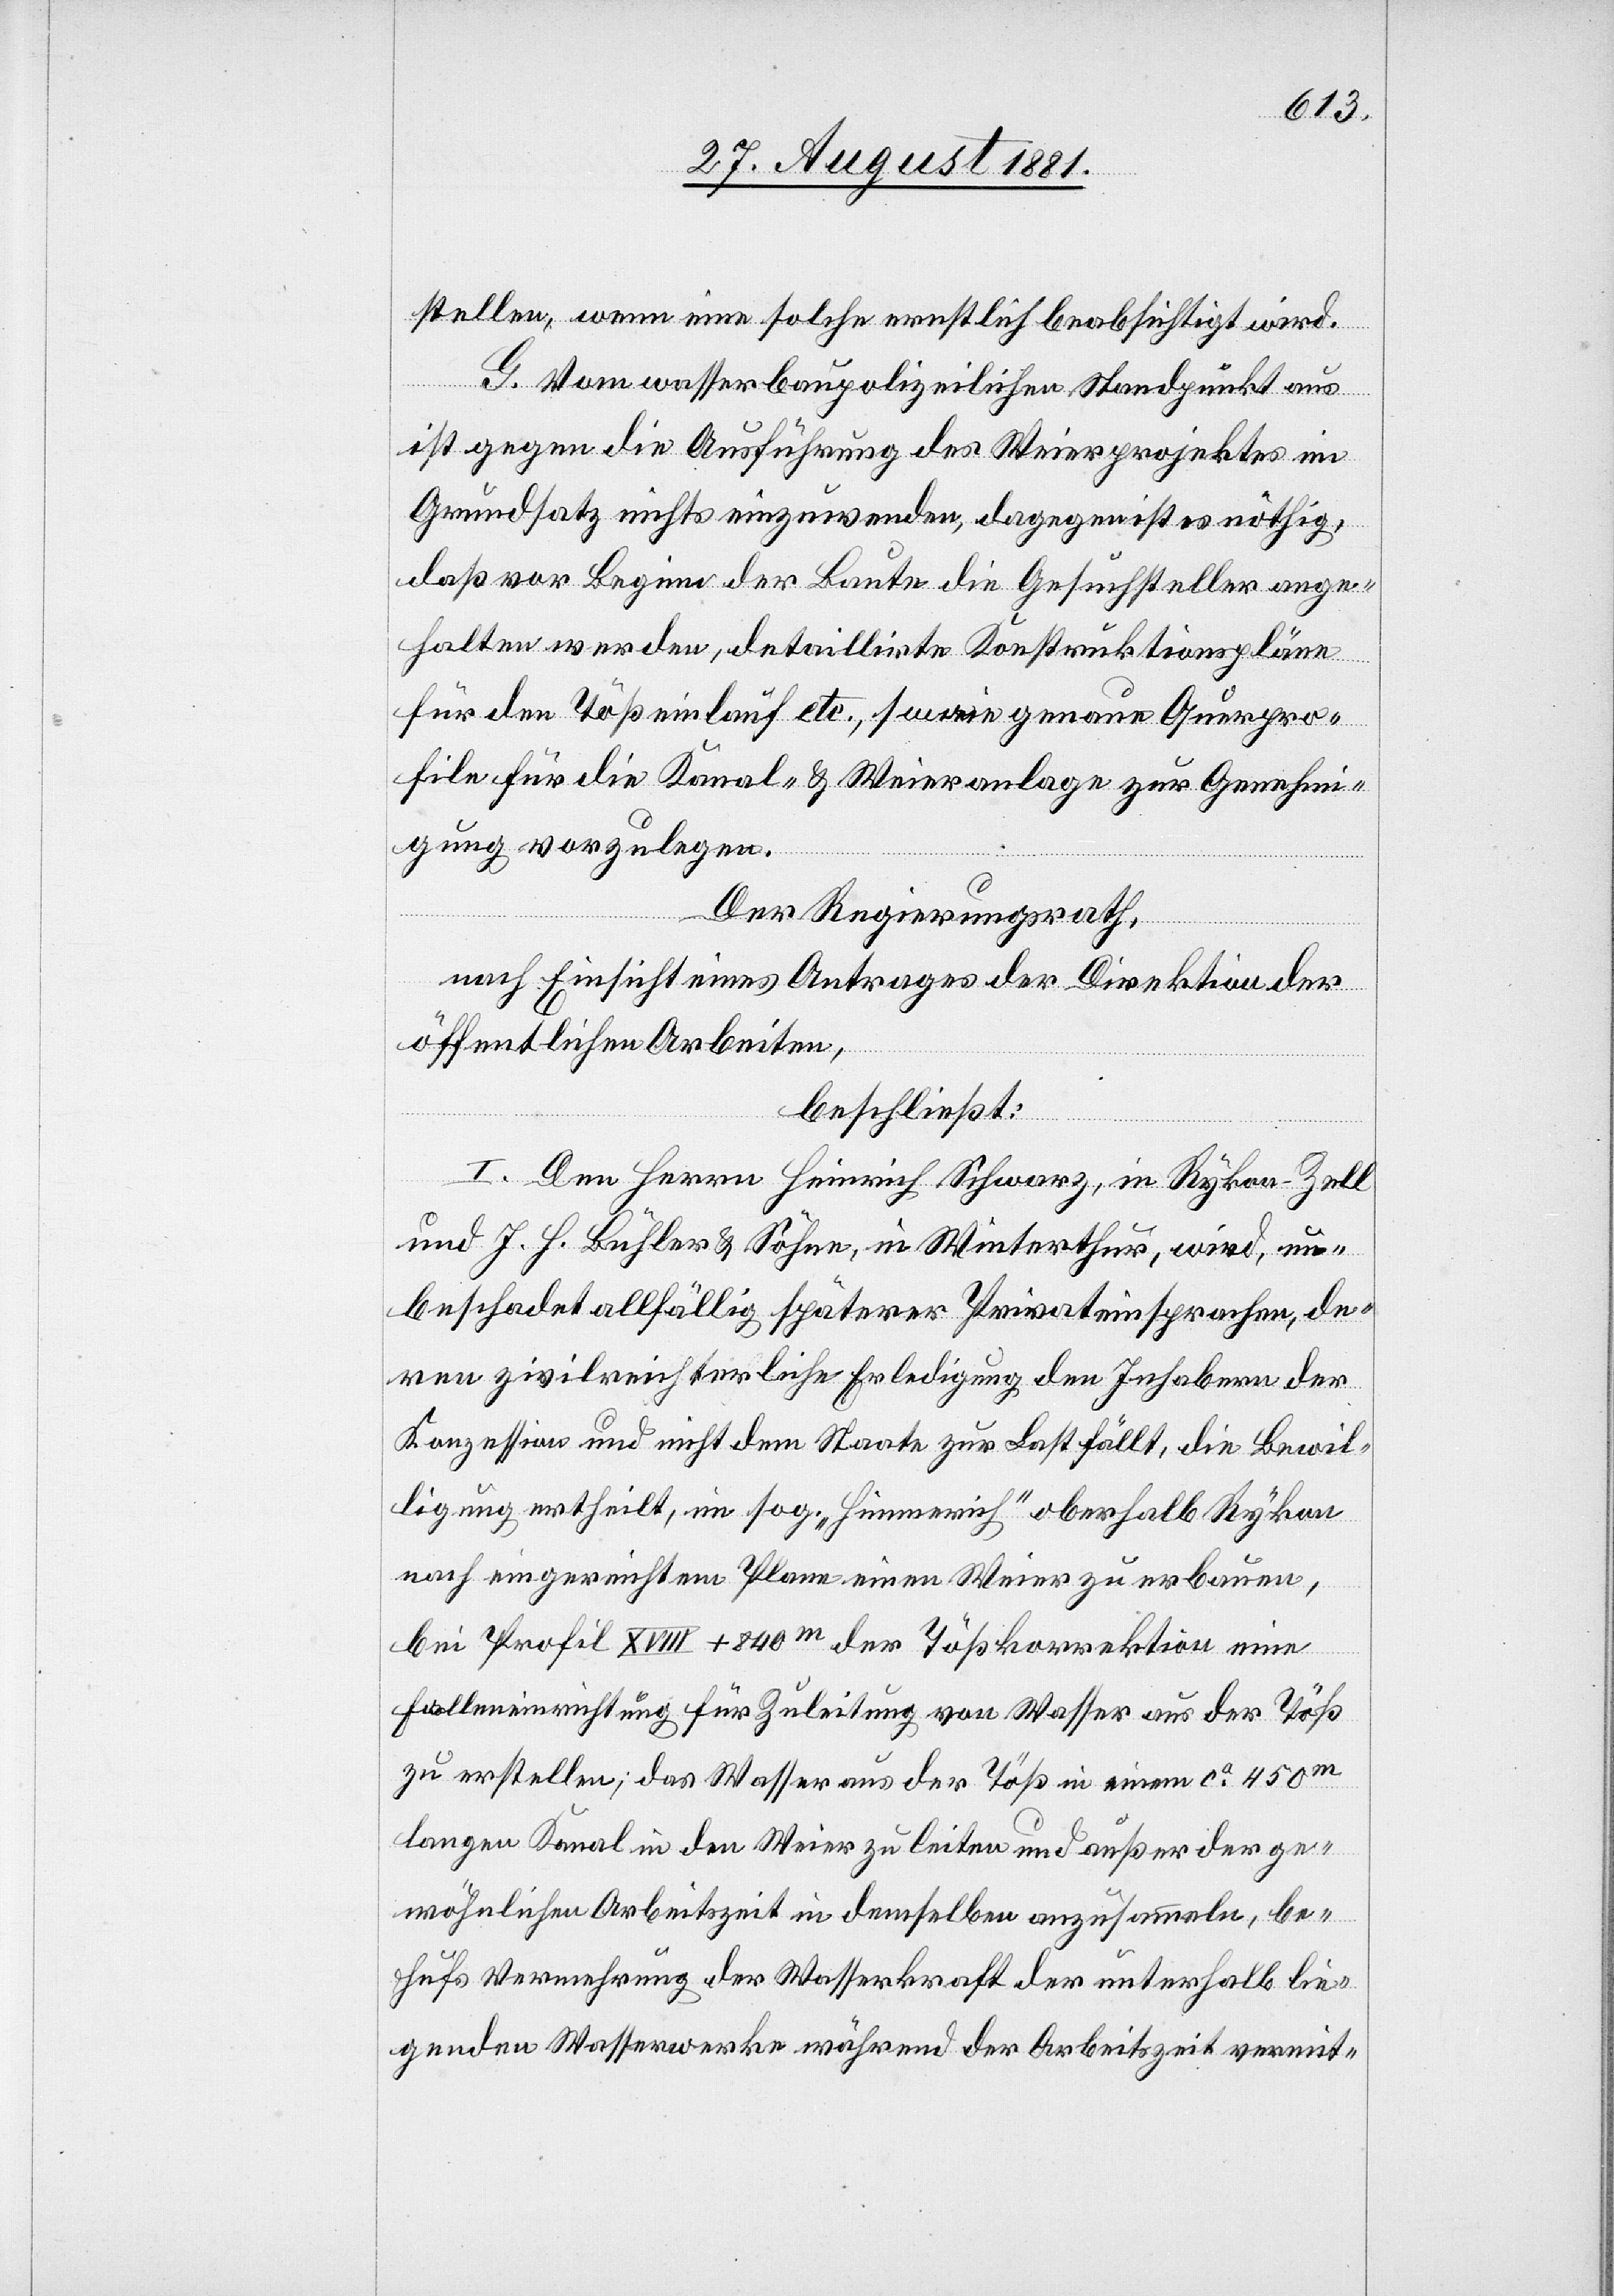
stellen, wenn eine solche ernstlich beabsichtigt wird.
G. Vom wasserpolizeilichen Standpunkt aus
ist gegen die Ausführung des Weierprojektes im
Grundsatz nichts einzuwenden, dagegen ist es nöthig,
daß vor Beginn der Baute die Gesuchsteller ange¬
halten werden, detaillirte Konstruktionspläne
für den Tößeinlauf etc., sowie genaue Querpro¬
file für die Kanal- & Weieranlage zur Genehmi¬
gung vorzulegen.
Der Regierungsrath,
nach Einsicht eines Antrages der Direktion der
öffentlichen Arbeiten,
beschließt:
I. Den Herrn Heinrich Schwarz, in Rykon - Zell
und J. H. Bühler & Söhne, in Winterthur, wird, un¬
beschadet allfällig späterer Privateinsprachen, de¬
ren zivilreichterliche [sic!] Erledigung den Inhabern der
Konzession und nicht dem Staate zur Last fällt, die Bewil¬
ligung ertheilt, im sog. „Himmerich“ oberhalb Rykon
nach eingereichtem Plane einen Weier zu erbauen,
bei Profil XVIII + 840m der Tößkorrektion eine
Falleneinrichtung für Zuleitung von Wasser aus der Töß
zu erstellen; das Wasser aus der Töß in einem ca 450m
langen Kanal in den Weier zu leiten und außer der ge¬
wöhnlichen Arbeitszeit in demselben anzusammeln, be¬
hufs Vermehrung der Wasserkraft der unterhalb lie¬
genden Wasserwerke während der Arbeitszeit vermit-